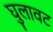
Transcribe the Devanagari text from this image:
घुलावट